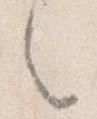
々